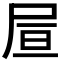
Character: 𡱌